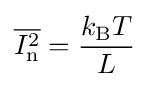
{\overline {I_{\text{n}}^{2}}}={k_{\text{B}}T \over L}